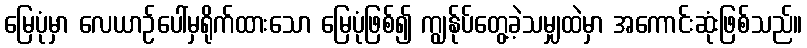
မြေပုံမှာ လေယာဉ်ပေါ်မှရိုက်ထားသော မြေပုံဖြစ်၍ ကျွန်ုပ်တွေ့ခဲ့သမျှထဲမှာ အကောင်းဆုံးဖြစ်သည်။